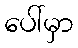
ပေါ်မှာ